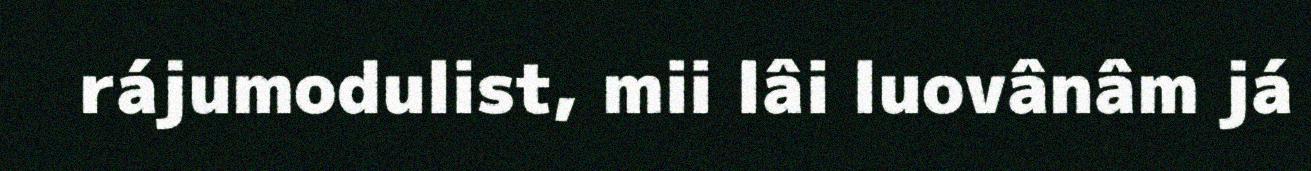
rájumodulist, mii lâi luovânâm já